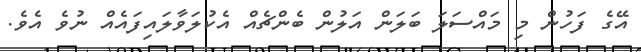
އޭގެ ފަހުން މި މައްސަލަ ބަލަން އަލުން ބެންޗެއް އެކުލަވާލައިފައެއް ނުވެ އެވެ.